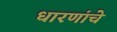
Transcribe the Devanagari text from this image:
धारणांचे